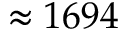
\approx 1 6 9 4